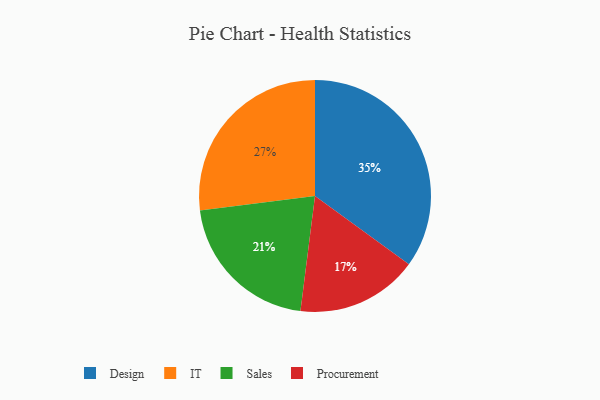
{"axis": {"x": "Category", "y": "Percentage"}, "legend": ["Design", "IT", "Procurement", "Sales"], "data": [{"x": "Sales", "y": 21, "type": "Sales"}, {"x": "Procurement", "y": 17, "type": "Procurement"}, {"x": "IT", "y": 27, "type": "IT"}, {"x": "Design", "y": 35, "type": "Design"}]}